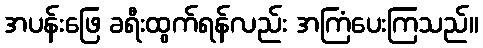
အပန်းဖြေ ခရီးထွက်ရန်လည်း အကြံပေးကြသည်။